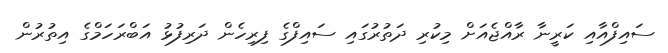
ސައިފްއާއި ކަރީނާ ރާއްޖެއަށް މިކުރި ދަތުރުގައި ސައިފްގެ ފިރިހެން ދަރިފުޅު އަބްރަހަމްގެ އިތުރުން